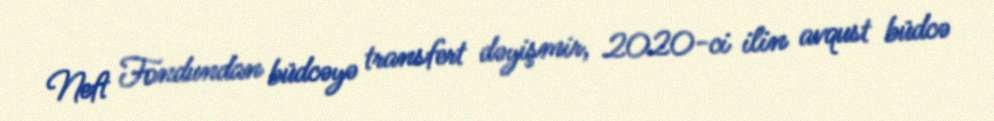
Neft Fondundan büdcəyə transfert dəyişmir, 2020-ci ilin avqust büdcə